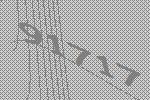
91717